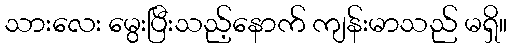
သားလေး မွေးပြီးသည့်နောက် ကျန်းမာသည် မရှိ။